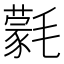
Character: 氋